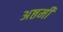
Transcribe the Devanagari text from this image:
अष्ठमी